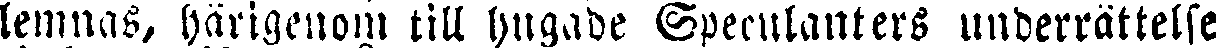
lemnas, härigenom till hugade Speculanters underrättelse